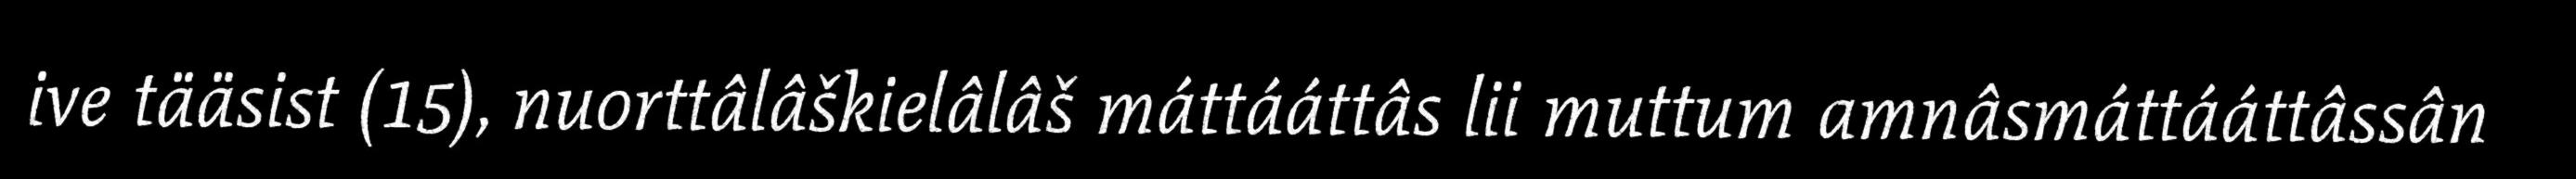
ive tääsist (15), nuorttâlâškielâlâš máttááttâs lii muttum amnâsmáttááttâssân